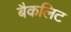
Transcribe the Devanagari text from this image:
बैकलिट